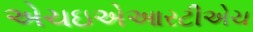
એચઇએઆરટીએચ